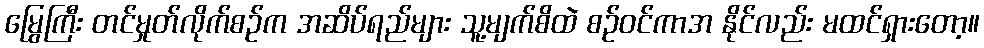
မြွေကြီး တင်မှုတ်လိုက်စဉ်က အဆိပ်ရည်များ သူ့မျက်စိထဲ စဉ်ဝင်ကာအ နိုင်လည်း မထင်ရှားတော့။